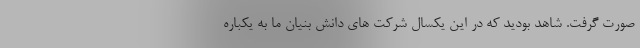
صورت گرفت. شاهد بودید که در این یکسال شرکت های دانش بنیان ما به یکباره